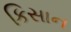
કિસાન